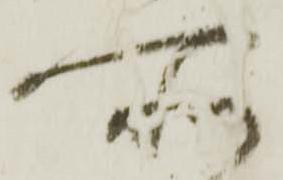
所